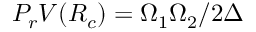
P _ { r } V ( R _ { c } ) = \Omega _ { 1 } \Omega _ { 2 } / 2 \Delta